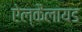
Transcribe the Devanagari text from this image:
ऐल्कैलायड